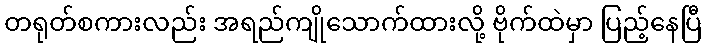
တရုတ်စကားလည်း အရည်ကျိုသောက်ထားလို့ ဗိုက်ထဲမှာ ပြည့်နေပြီ